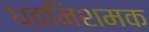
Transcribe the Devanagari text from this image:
ध्वनिशमक